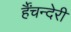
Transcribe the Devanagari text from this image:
र्हैंचन्देरी